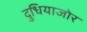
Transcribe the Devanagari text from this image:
दुधियाजोर